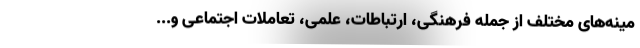
مینه‌های مختلف از جمله فرهنگی، ارتباطات، علمی، تعاملات اجتماعی و...